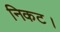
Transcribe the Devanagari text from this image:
निकट।